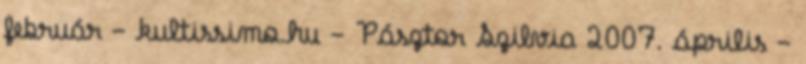
február - kultissimo.hu - Pásztor Szilvia 2007. április -